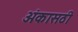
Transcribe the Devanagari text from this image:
अंकासठी